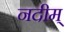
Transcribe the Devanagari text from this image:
नदीम्